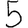
Digit: 5